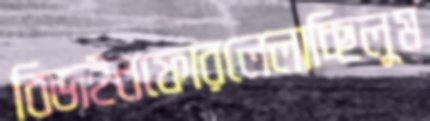
বিজইনফোরলেলাচ্ছিলুম